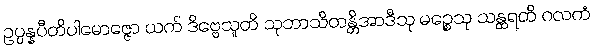
ဥပ္ပန္နပီတိပါမောဇ္ဇော ယက် ဒိဗ္ဗေသူတိ သုဘာသိတန္တိအာဒီသု မဉ္စေသု သန္ထရတိ ဂလကံ